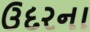
ઉદરના